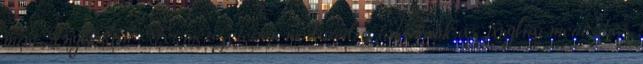
mint Angliában" "Természetesen módosul a taktikánk az angliai meccshez